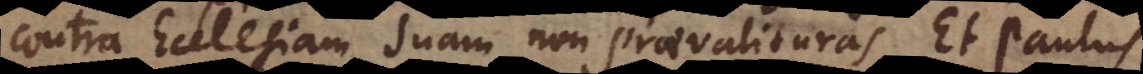
contra Ecclesiam suam non praevalituras. Et Paulus